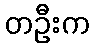
တဦးက